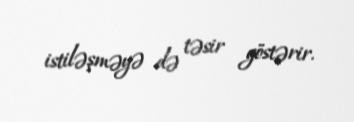
istiləşməyə də təsir göstərir.